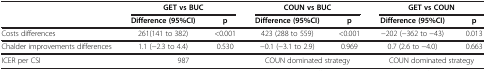
<table><thead><tr><td><b> </b></td><td colspan="2"><b>GET vs BUC</b></td><td colspan="2"><b>COUN vs BUC</b></td><td colspan="2"><b>GET vs COUN</b></td></tr><tr><td><b> </b></td><td><b>Difference (95%CI)</b></td><td><b>p</b></td><td><b>Difference (95%CI)</b></td><td><b>p</b></td><td><b>Difference (95%CI)</b></td><td><b>p</b></td></tr></thead><tbody><tr><td>Costs differences</td><td>261(141 to 382)</td><td>&lt;0.001</td><td>423 (288 to 559)</td><td>&lt;0.001</td><td>−202 (−362 to −43)</td><td>0.013</td></tr><tr><td>Chalder improvements differences</td><td>1.1 (−2.3 to 4.4)</td><td>0.530</td><td>−0.1 (−3.1 to 2.9)</td><td>0.969</td><td>0.7 (2.6 to −4.0)</td><td>0.663</td></tr><tr><td>ICER per CSI</td><td>987</td><td> </td><td>COUN dominated strategy</td><td> </td><td>COUN dominated strategy</td><td> </td></tr></tbody></table>